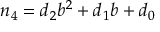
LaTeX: n _ { 4 } = d _ { 2 } b ^ { 2 } + d _ { 1 } b + d _ { 0 }